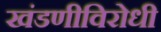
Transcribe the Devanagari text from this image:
खंडणीविरोधी